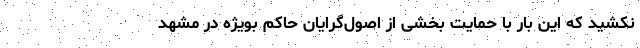
نکشید که این بار با حمایت بخشی از اصول‌گرایان حاکم بویژه در مشهد